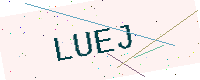
Text: LUEJ